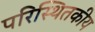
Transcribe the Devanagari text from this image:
परिस्थितकीय